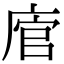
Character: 𢉂